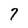
Character: 7